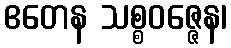
ဧတေန သစ္စဝဇ္ဇေန၊